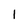
Character: 1